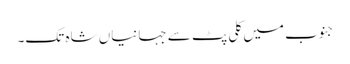
جنوب میں کلی پٹ سے جہانیاں شاہ تک۔